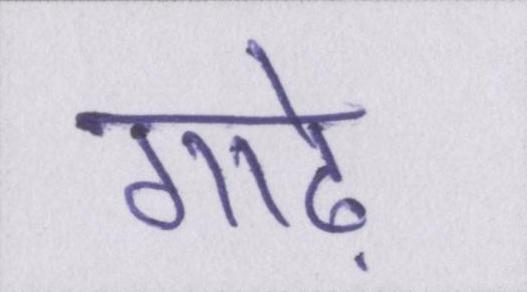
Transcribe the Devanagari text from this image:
गाढ़े